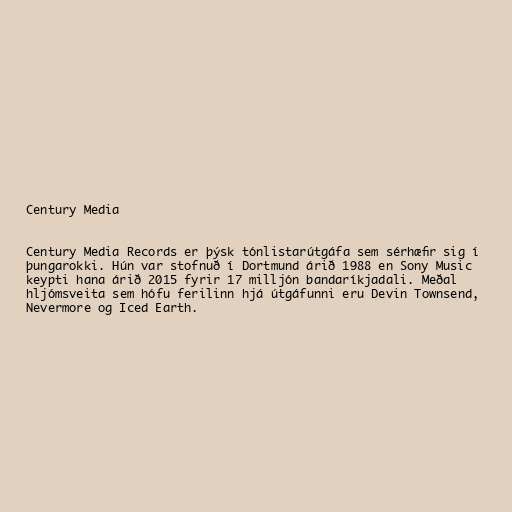
Century Media

Century Media Records er þýsk tónlistarútgáfa sem sérhæfir sig í
þungarokki. Hún var stofnuð í Dortmund árið 1988 en Sony Music
keypti hana árið 2015 fyrir 17 milljón bandaríkjadali. Meðal
hljómsveita sem hófu ferilinn hjá útgáfunni eru Devin Townsend,
Nevermore og Iced Earth.